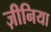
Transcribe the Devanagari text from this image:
ज़ीनिया